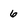
Character: 6